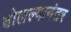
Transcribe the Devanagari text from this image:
बोलल्यानंतर